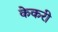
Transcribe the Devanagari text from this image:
केकरी